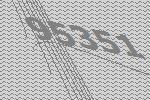
95351